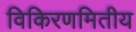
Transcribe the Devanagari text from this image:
विकिरणमितीय